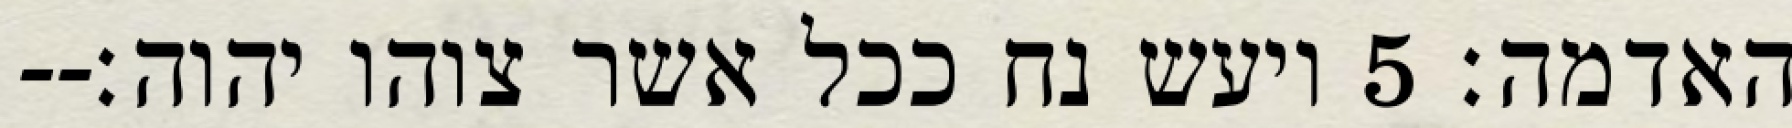
האדמה׃ ‎5‏ ויעש נח ככל אשר צוהו יהוה׃--